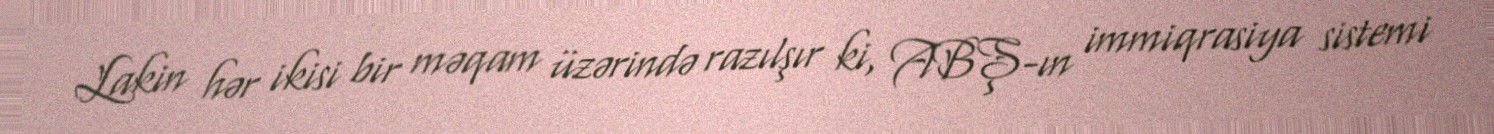
Lakin hər ikisi bir məqam üzərində razılşır ki, ABŞ-ın immiqrasiya sistemi